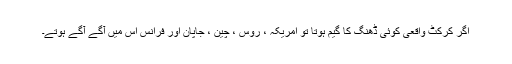
اگر کرکٹ واقعی کوئی ڈھنگ کا گیم ہوتا تو امریکہ ، روس ، چین ، جاپان اور فرانس اس میں آگے آگے ہوتے۔